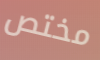
مختص